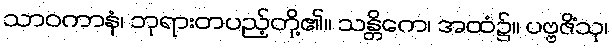
သာဝကာနံ၊ ဘုရားတပည့်တို့၏။ သန္တိကေ၊ အထံ၌။ ပဗ္ဗဇိံသု၊